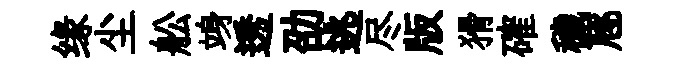
缘尘舩竧透劭逃尽版猾確穢豗